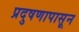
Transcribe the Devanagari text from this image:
प्रदुषणापासून